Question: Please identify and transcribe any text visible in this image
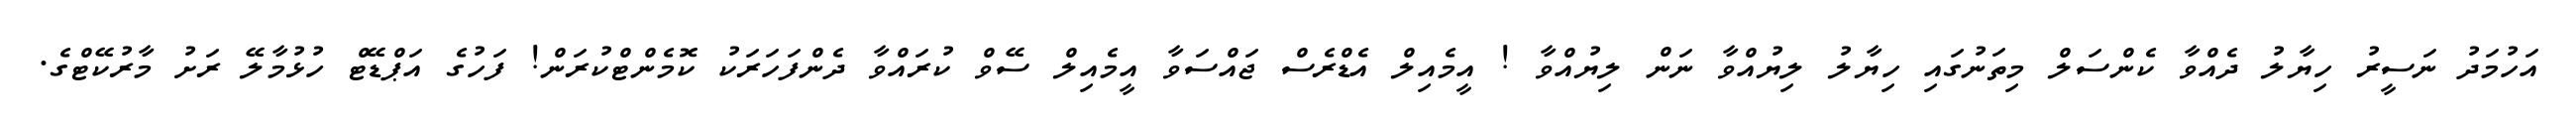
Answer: އަހުމަދު ނަސީރު ހިޔާލު ދެއްވާ ކެންސަލް މިތަނުގައި ހިޔާލު ލިޔުއްވާ ނަން ލިޔުއްވާ ! އީމެއިލް އެޑްރެސް ޖައްސަވާ އީމެއިލް ސޭވް ކުރައްވާ ދެންފަހަރަކު ކޮމެންޓްކުރަން! ފަހުގެ އަޕްޑޭޓް ހުޅުމާލޭ ރަށު މާރުކޭޓްގެ.